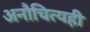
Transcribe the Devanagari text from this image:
अनौचित्यही